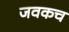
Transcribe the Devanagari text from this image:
जवकच